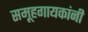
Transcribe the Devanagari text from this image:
समूहगायकांनी